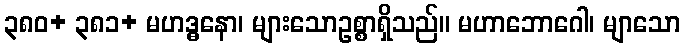
၃၈၀+ ၃၈၁+ မဟဒ္ဓနော၊ များသောဥစ္စာရှိသည်။ မဟာဘောဂေါ၊ မျာသော